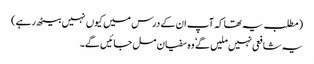
(مطلب یہ تھا کہ آپ ان کے درس میں کیوں نہیں بیٹھ رہے)
یہ شافعی نہیں ملیں گے ٗ وہ سفیان مل جائیں گے۔